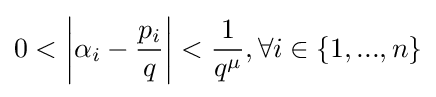
0<\left|\alpha _{i}-{\frac {p_{i}}{q}}\right|<{\frac {1}{q^{\mu }}},\forall i\in \{1,...,n\}